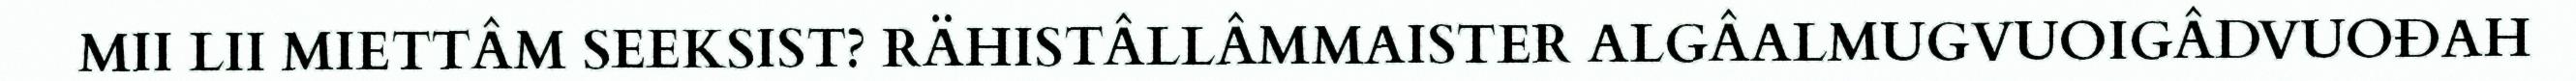
MII LII MIETTÂM SEEKSIST? RÄHISTÂLLÂMMAISTER ALGÂALMUGVUOIGÂDVUOĐAH